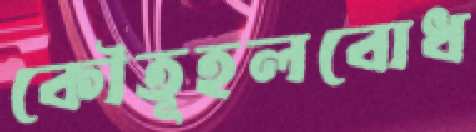
কৌতূহলবোধ